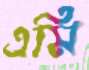
এমি